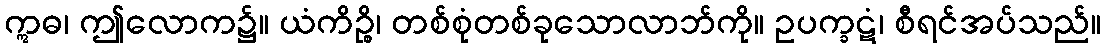
ဣဓ၊ ဤလောက၌။ ယံကိဉ္စိ၊ တစ်စုံတစ်ခုသောလာဘ်ကို။ ဥပက္ခဋံ၊ စီရင်အပ်သည်။